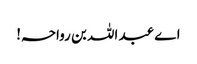
اے عبد اللہ بن رواحہ!